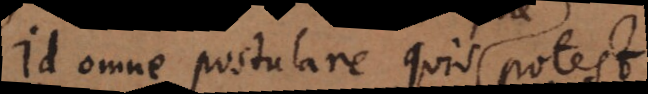
Id omne postulare quis potest,